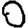
Digit: 0